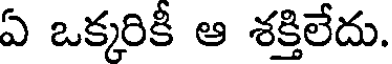
ఏ ఒక్కరికీ ఆ శక్తిలేదు.